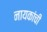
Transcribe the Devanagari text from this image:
नायकांची